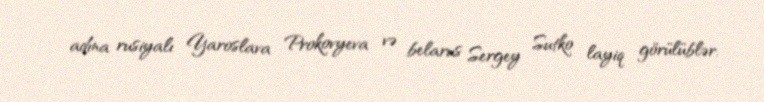
adına rusiyalı Yaroslava Prokovyeva və belarus Sergey Sutko layiq görülüblər.